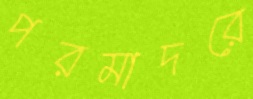
পরমাদরে